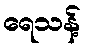
ရေသန့်